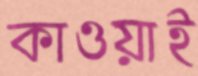
কাওয়াই